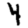
Digit: 4